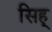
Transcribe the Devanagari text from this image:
सिह्